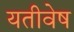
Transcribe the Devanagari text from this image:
यतीवेष